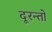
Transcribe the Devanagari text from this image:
दूरन्तो